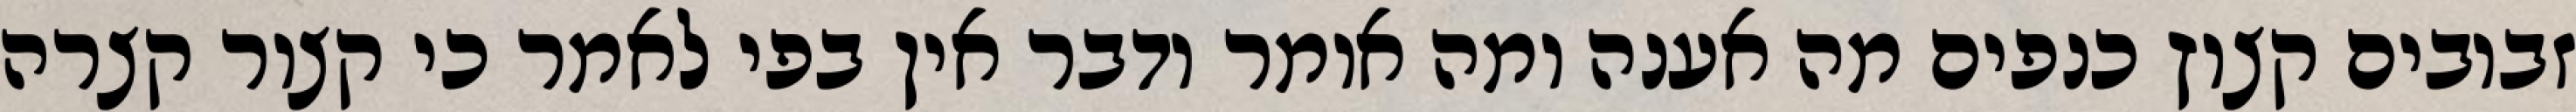
זבובים קצוץ כנפים מה אענה ומה אומר ודבר אין בפי לאמר כי קצור קצרה